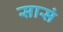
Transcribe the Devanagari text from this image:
सासं